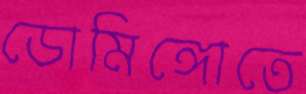
ডোমিঙ্গোতে